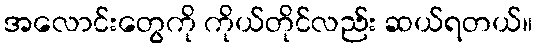
အလောင်းတွေကို ကိုယ်တိုင်လည်း ဆယ်ရတယ်။